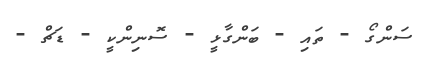
ސަންގޯ - ތައި - ބަންގާޅީ - ސޮނިންކީ - ޑަޗް -